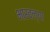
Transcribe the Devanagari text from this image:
भारवल्या